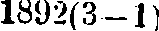
1892(3—1)